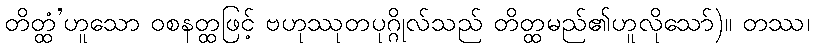
တိတ္ထံ’ဟူသော ဝစနတ္ထဖြင့် ဗဟုဿုတပုဂ္ဂိုလ်သည် တိတ္ထမည်၏ဟူလိုသော်)။ တဿ၊